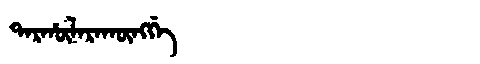
Manchu: ᡨᠠᡵᡥᡡᠯᠠᡵᠠᡴᡡᠩᡤᡝ
Romanization: TARHŪLARAKŪNGGE